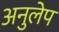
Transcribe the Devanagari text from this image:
अनुलेप